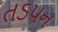
તડપન